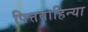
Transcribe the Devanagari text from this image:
पित्तवाहिन्या